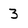
Character: 3